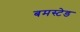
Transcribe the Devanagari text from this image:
बमस्टेड